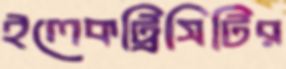
ইলেকট্রিসিটির